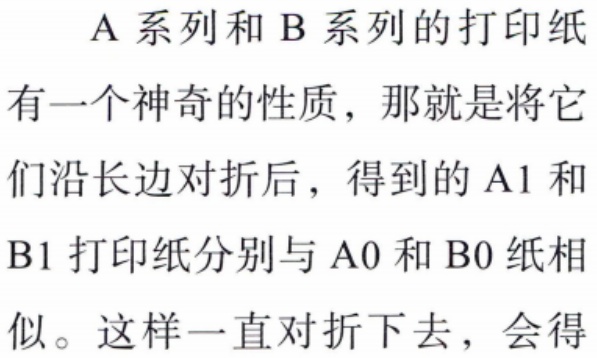
A 系列和 B 系列的打印纸
有一个神奇的性质，那就是将它
们沿长边对折后，得到的 A1 和
B1 打印纸分别与 A0 和 B0 纸相
似。这样一直对折下去，会得